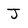
Character: J